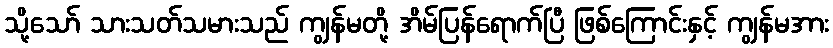
သို့သော် သားသတ်သမားသည် ကျွန်မတို့ အိမ်ပြန်ရောက်ပြီ ဖြစ်ကြောင်းနှင့် ကျွန်မအား